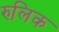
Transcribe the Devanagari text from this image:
रुलिक